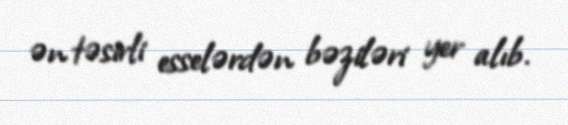
ən təsirli esselərdən bəziləri yer alıb.